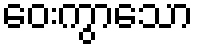
ဝေးကွာသော